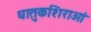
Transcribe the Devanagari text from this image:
धातुकशिराओं